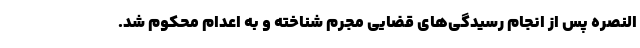
النصره پس از انجام رسیدگی‌های قضایی مجرم شناخته و به اعدام محکوم شد.